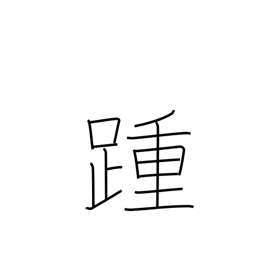
Meaning: heel